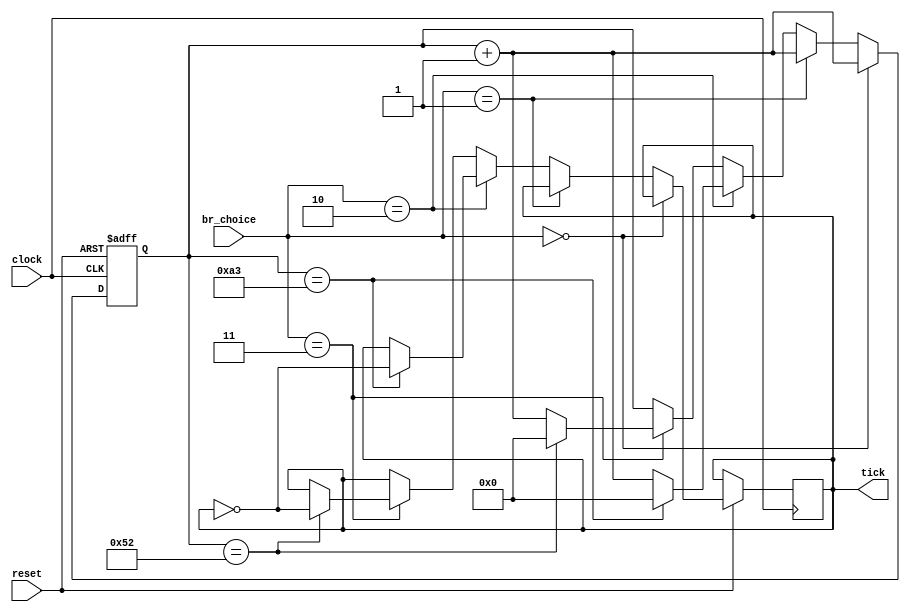

/* ------ baud rate generatoor ------- */
// the system clock rate is 50 MHz.
// the used baud rate is 19,200 bit per second.
// The used sampling rate is 16 times the baud rate, which means that each
// serial bit is sampled 16 times.
// the baud rate generator needs a mod-163 counter.

module BRG (clock,reset,tick,br_choice);
  
input clock, // the system clock which is 50MHz.
      reset; // reset input to initialize the counter at the power up.
input [1:0] br_choice; // input to choose the baud rate 
                      // 00 ==> 2400 bps
                      // 01 ==> 4800 bps
                      // 10 ==> 9600 bps
                      // 11 ==> 19,200 bps
      
output tick; // this signaal function as clock to the UART whose rate 16 times the baud rate .

reg [7:0] count; // mod-163 counter to generate the sampling rate which is 16 times the baud rate.
reg tick = 1'b1 ;

always @ (posedge clock , negedge reset)
begin
  if (!reset)  count <= 8'b00000000; // active low reset to initialize the counter to zero at the power up.
  else if (br_choice == 2'b00)
      begin
        if (count == 10'b1010001100)
          begin
          tick = !tick;
          count <= 10'b0000000000;
          end
        else
          count <= count + 1;
      end
  
  else if (br_choice == 2'b01)
      begin
        if (count == 10'b0101000110)
          begin
          tick = !tick;
          count <= 10'b0000000000;
          end
        else
          count <= count + 1;
      end 
      
  else if (br_choice == 2'b10)
      begin
        if (count == 10'b0010100011)
          begin
          tick = !tick;
          count <= 10'b0000000000;
          end
        else
          count <= count + 1;
      end  
      
  else if (br_choice == 2'b11)
      begin
        if (count == 10'b0001010010)
          begin
          tick = !tick;
          count <= 10'b0000000000;
          end
        else
          count <= count + 1;
      end   
    
   
 
end



endmodule